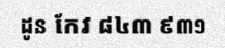
ដូន កែវ ៨៤៣ ៩៣១